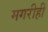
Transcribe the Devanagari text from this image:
मगरीही